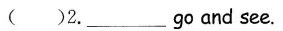
()2. ___ go and see.